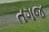
તગજ